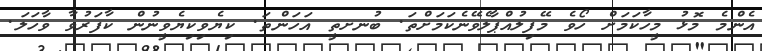
އެންމެ މޮޅު މީހާކަމަށް ހޯވެ މޭފިލުއްޕާލެެވޭނެކަމަށްތަ. ބުނށތީ އަހަންތަ. ކިޔެވިކިޔެވީނުން ކާފަރުވާ ވާހަލަ.